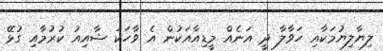
ލިޔާލިޔުމަކާއި ހަވާލާ ދީ އަނެއް މީޑިއާއަކުން އެ ވާހަކަ ޝާއިއު ކުރުމާއި ގުޅޭ